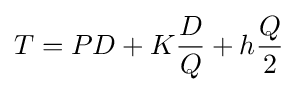
T=PD+K{\frac {D}{Q}}+h{\frac {Q}{2}}